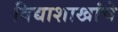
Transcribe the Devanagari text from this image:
विद्याशाखांचे